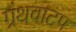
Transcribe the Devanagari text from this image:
ग्रंथवाटप